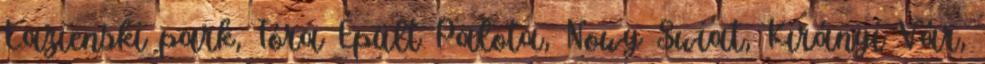
Lazienski park, Tóra Épült Palota, Nowy Swiat, Kirányi Vár,